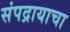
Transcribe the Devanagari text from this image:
संपद्रायाचा